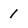
Character: 1